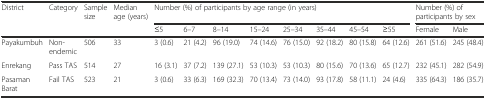
| <ROWSPAN=2> District | <ROWSPAN=2> Category | <ROWSPAN=2> Sample size | <ROWSPAN=2> Median age (years) | <COLSPAN=8> Number (%) of participants by age range (in years) | <COLSPAN=2> Number (%) of participants by sex |
 | ≤5 | 6–7 | 8–14 | 15–24 | 25–34 | 35–44 | 45–54 | ≥55 | Female | Male |
 | --- | --- | --- | --- | --- | --- | --- | --- | --- | --- | --- | --- | --- | --- |
 | Payakumbuh | Non-endemic | 506 | 33 | 3 (0.6) | 21 (4.2) | 96 (19.0) | 74 (14.6) | 76 (15.0) | 92 (18.2) | 80 (15.8) | 64 (12.6) | 261 (51.6) | 245 (48.4) |
 | Enrekang | Pass TAS | 514 | 27 | 16 (3.1) | 37 (7.2) | 139 (27.1) | 53 (10.3) | 53 (10.3) | 80 (15.6) | 70 (13.6) | 65 (12.7) | 232 (45.1) | 282 (54.9) |
 | Pasaman Barat | Fail TAS | 523 | 21 | 3 (0.6) | 33 (6.3) | 169 (32.3) | 70 (13.4) | 73 (14.0) | 93 (17.8) | 58 (11.1) | 24 (4.6) | 335 (64.3) | 186 (35.7) |